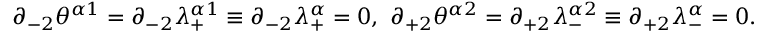
\partial _ { - 2 } \theta ^ { \alpha 1 } = \partial _ { - 2 } \lambda _ { + } ^ { \alpha 1 } \equiv \partial _ { - 2 } \lambda _ { + } ^ { \alpha } = 0 , \ \partial _ { + 2 } \theta ^ { \alpha 2 } = \partial _ { + 2 } \lambda _ { - } ^ { \alpha 2 } \equiv \partial _ { + 2 } \lambda _ { - } ^ { \alpha } = 0 .